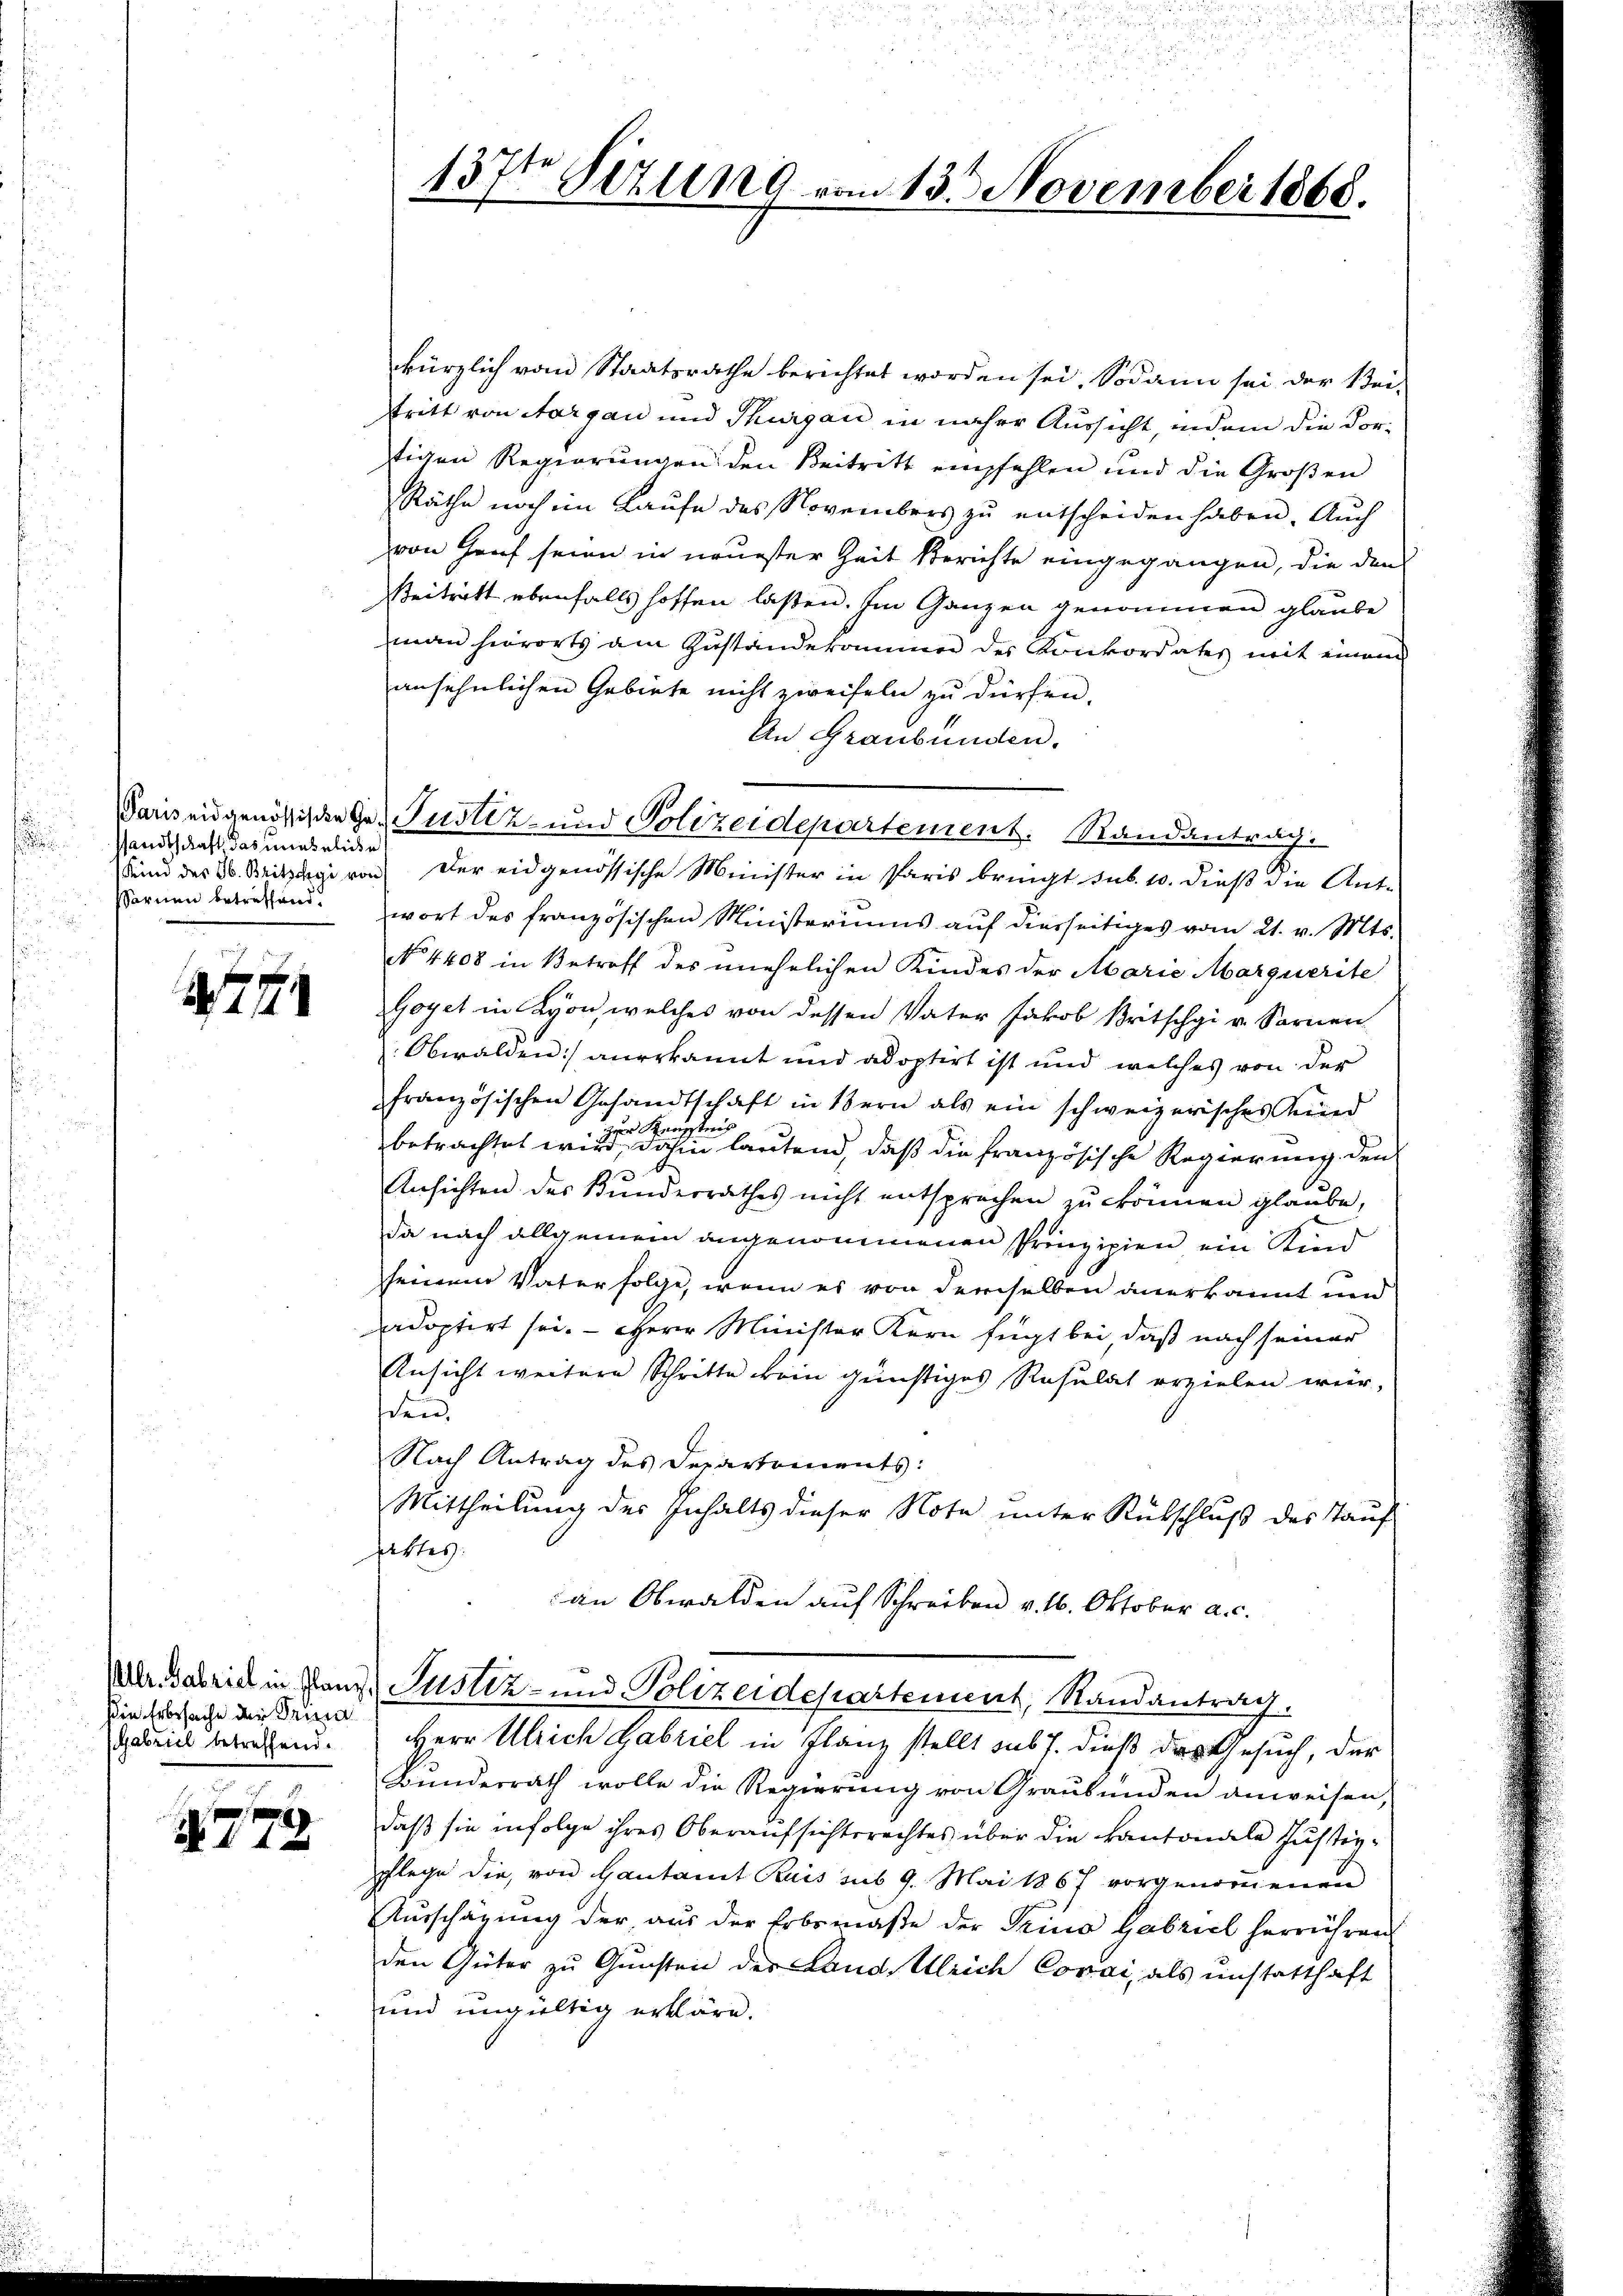
sandtschaft, das uneheliche

71

sin Erbesuche der Prima
(Gabriel betreffend.

N 112

kürzlich vom Staatsrathe berichtet worden sei. Sodann sei der Stei-
stritt von Aargau und Thurgau in naher Aussicht, indem die Vorstigen Regierungen den Beitritt empfehlen und die Großen
Räthe noch im Laufe des Novembers zu entscheiden haben. Auch
von Genf seien in neuester Zeit Berichte eingegangen, die den
Beitritt ebenfalls hoffen laßen. Im Ganzen genommen glaube
man hierorts am Zustandekommen des Konkordates mit einem
ansehnlichen Gebiete nicht zweifeln zu dürfen.
An Graubünden.
unnd des 26. Mitzige von der eidgenössische Minister in Paris bringt sub. 10. dieß die Ant-
Fornen betreffend. wort des französischen Ministeriums auf diesseitiges vom 21. v. Mts.
No 4408 in Betreff des unehelichen Kindes der Marie Marquerite
Goyet in Lyon, welches von dessen Vater Jakob Britschgi v. Sarnen
Obwalden anerkannt und adoptirt ist und welches von der
französischen Gesandtschaft in Bern als ein schweizerisches Kind
zur Kenntnis
betrachtet wird, dahin lautend, daß die französische Regierung den
Ansichten des Bunderrathes nicht entsprechen zu können glaube,
da nach allgemein angenommenen Prinzipien, ein Kind
seinem Vater folge, wenn es von demselben anerkannt und
adoptirt sei. - Herr Minister Kern fügt bei, daß nach seiner
Ansicht weitere Schritte kein günstiges Resulat erzielen werden
Nach Antrag des Departements:
Mittheilung des Inhalts dieser Note unter Rückschluß des Tauf
Attes.
an Obwalden auf Schreiben v. 16. Oktober a. c.
Mltr. Fabrich in Ganz Justiz- und Polizeidepartement, Randantrag.
Herr Ulrich Gabriel in Flanz stellt sub J. dieß das Gesuch, der
Bundesrath wolle die Regierung von Graubünden anweisen,
daß sie infolge ihres Oberaufsichtsrechtes über die Kantonale Justizpflege die, von Gautamt Kuis sub 9. Mai 1867 vorgenommenen
Ausschägung der aus der Erbsmaße der Trino Gabziel herrühren
den Güter zŭ Gŭnsten der Land. Ulrich Covai, als unstatthaft
und ungültig erkläre.

2.
13sten Sizung vom 13. November 1868.

Paris eidgenössischen Ge- Justiz- und Polizeidepartement. Randantrag.